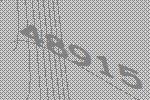
48915